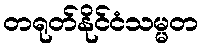
တရုတ်နိုင်ငံသမ္မတ